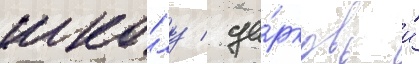
шко́лу / це́рковь и́